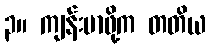
၃။ ကျန်းမာဖို့က တတိယ